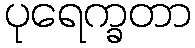
ပုရေက္ခတာ